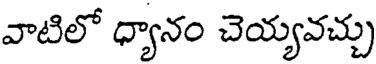
వాటిలో ధ్యానం చెయ్యవచ్చు